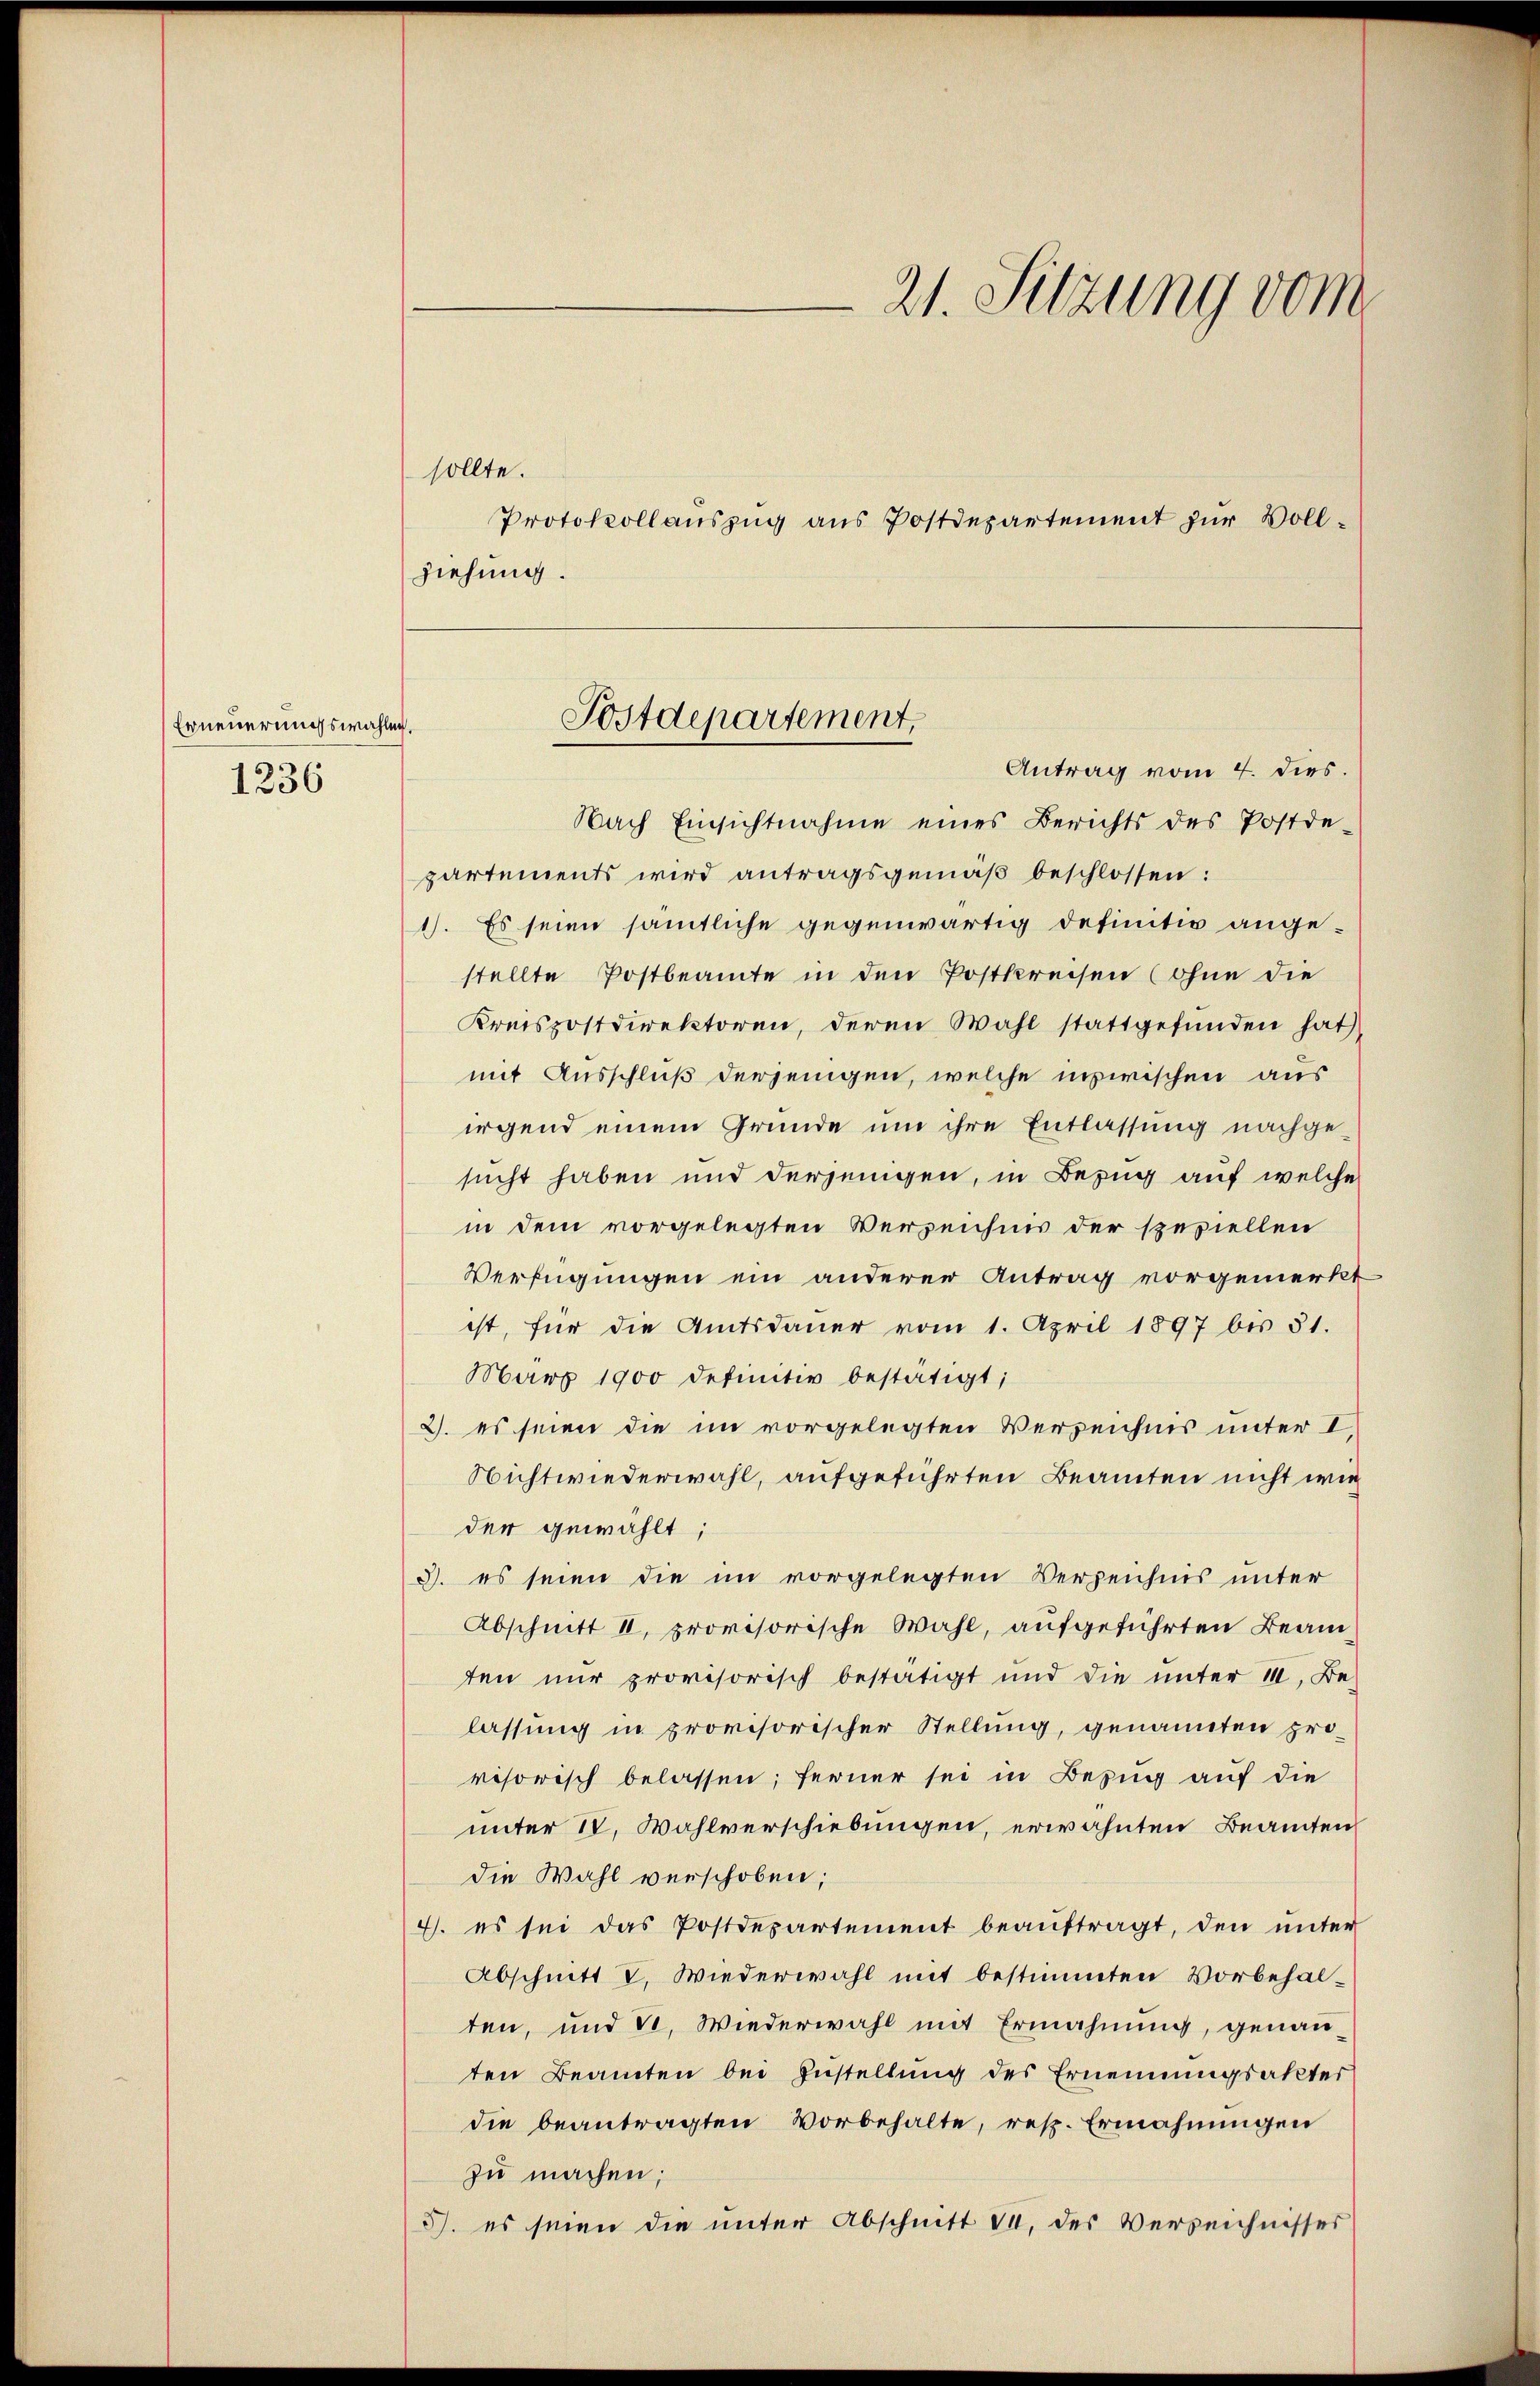
Erneuerungswahl
1236

Postdepartement.
af.
Antrag vom 4. dies.

sollte.
ziehung.

21. Sitzung vom
Protokollaŭszŭg aŭs Postdepartement zŭr Voll-

Nach Einsichtnahme eines Berichts des Postde-
partements wird antragsgemäβ beschlossen:
1). Es seien sämtliche gegenwärtig definitiv angestellte Postbeamte in den Postkreisen (ohne die
Kreispostdirektoren, deren Wahl stattgefunden hat,
mit Ausschluß derjenigen, welche inzwischen aus
irgend einem Grunde um ihre Entlassung nachgesucht haben und derjenigen, in Bezug auf welche
in dem vorgelegten Verzeichnis der speziellen
Verfügungen ein anderer Antrag vorgemerkt
ist, für die Amtsdauer vom 1. April 1897 bis 31.
März 1900 definitiv bestätigt;
2. es seien die im vorgelegten Verzeichnis unter I
Nichtwiederwahl, aufgeführten Beamten nicht wie
der gewählt;
3. es seien die im vorgelegten Verzeichnis unter
Abschnitt II, provisorische Wahl, aufgeführten Beamten nur provisorisch bestätigt und die unter 11, Be-
lassung in provisorischer Stellung, genannten pro-
visorisch belassen; ferner sei in Bezug auf die
unter IV. Wahlverschiebungen, erwähnten Beamten
die Wahl verschoben;
4. es sei das Postdepartement beaŭftragt, den unter
Abschnitt V. Wiederwahl mit bestimmten Vorbehalten, und de. Wiederwahl mit Ermahnung, genau-
ten Beamten bei Zustellung des Ernennungsakter
die beantragten Vorbehalte, resp. Ermahnungen
zu machen;
3. es seien die unter Abschnitt da, des Verzeichnisses